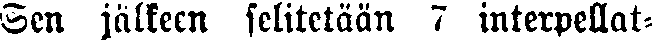
Sen jälkeem selitetään / interpellat-